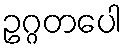
ဥဂ္ဂတပေါ